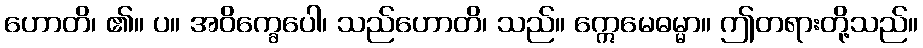
ဟောတိ၊ ၏။ ပ။ အဝိက္ခေပေါ၊ သည်ဟောတိ၊ သည်။ ဣေမေဓမ္မာ။ ဤတရားတို့သည်။